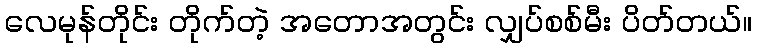
လေမုန်တိုင်း တိုက်တဲ့ အတောအတွင်း လျှပ်စစ်မီး ပိတ်တယ်။